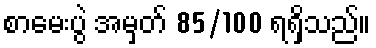
စာမေးပွဲ အမှတ် 85/100 ရရှိသည်။